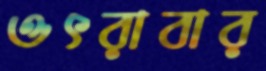
ওৎরাবার